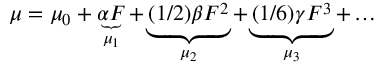
\mu = \mu _ { 0 } + \underbrace { \alpha F } _ { \mu _ { 1 } } + \underbrace { ( 1 / 2 ) \beta F ^ { 2 } } _ { \mu _ { 2 } } + \underbrace { ( 1 / 6 ) \gamma F ^ { 3 } } _ { \mu _ { 3 } } + \ldots